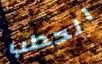
الحطب